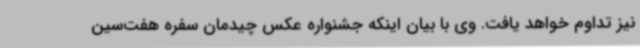
نیز تداوم خواهد یافت. وی با بیان اینکه جشنواره عکس چیدمان سفره هفت‌سین